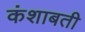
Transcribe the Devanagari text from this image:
कंशाबती